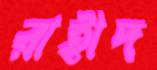
রাহীদ